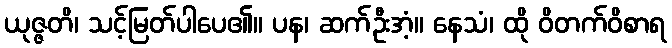
ယုဇ္ဇတိ၊ သင့်မြတ်ပါပေ၏။ ပန၊ ဆက်ဦးအံ့။ နေသံ၊ ထို ဝိတက်ဝိစာရ